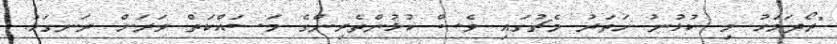
"ރޯދަމަހު މި ކުޅުނު ހަތަރު މެޗުގައި ވެސް ކުޅުންތެރިންގެ މަސައްކަތް ވަރަށް ރަނގަޅު.